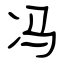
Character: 冯